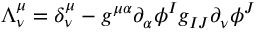
\Lambda _ { \nu } ^ { \mu } = \delta _ { \nu } ^ { \mu } - g ^ { \mu \alpha } \partial _ { \alpha } \phi ^ { I } g _ { I J } \partial _ { \nu } \phi ^ { J }